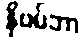
နိုဗမ်ဘာ